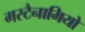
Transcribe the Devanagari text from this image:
मस्टैनामियो